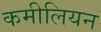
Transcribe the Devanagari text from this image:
कमीलियन